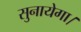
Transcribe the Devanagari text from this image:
सुनायेगा।